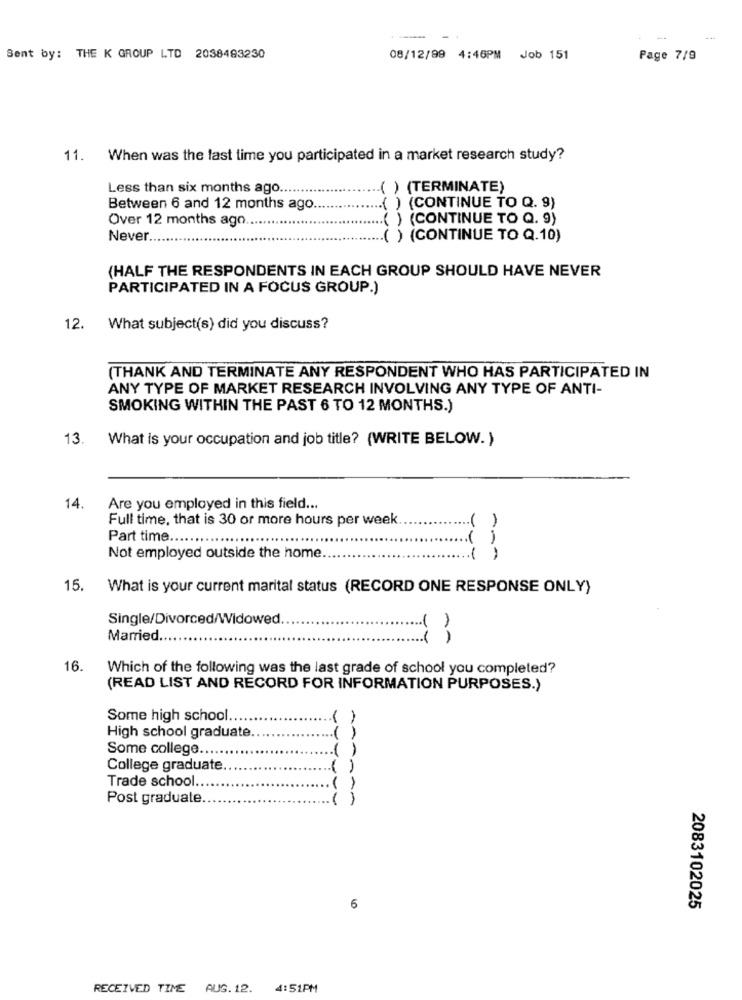
Sent by: THE K GROUP LTD 2038493230
08/12/99 4:46PM Job 151
Page 7/9
11. When was the last time you participated in a market research study?
Less than six months ago.
( ) (TERMINATE)
( ) (CONTINUE TO Q. 9)
Between 6 and 12 months ago.
Over 12 months ago
.( ) (CONTINUE TO Q. 9)
Never
.. ( ) (CONTINUE TO Q.10)
(HALF THE RESPONDENTS IN EACH GROUP SHOULD HAVE NEVER
PARTICIPATED IN A FOCUS GROUP.)
12.
What subject(s) did you discuss?
(THANK AND TERMINATE ANY RESPONDENT WHO HAS PARTICIPATED IN
ANY TYPE OF MARKET RESEARCH INVOLVING ANY TYPE OF ANTI-
SMOKING WITHIN THE PAST 6 TO 12 MONTHS.)
13.
What is your occupation and job title? (WRITE BELOW. )
14.
Are you employed in this field ...
Full time, that is 30 or more hours per week
.( )
Part time ..
( )
Not employed outside the home.
( )
15. What is your current marital status (RECORD ONE RESPONSE ONLY)
Single/Divorced/Widowed.
Married.
16.
Which of the following was the last grade of school you completed?
(READ LIST AND RECORD FOR INFORMATION PURPOSES.)
Some high school.
High school graduate.
Some college ...
College graduate.
Trade school.
Post graduate
1
6
2083102025
RECEIVED TIME AUS.12.
4:51PM